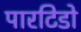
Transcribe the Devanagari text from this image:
पारटिडो